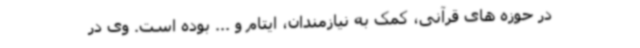
در حوزه های قرآنی، کمک به نیازمندان، ایتام و ... بوده‌ است. وی در